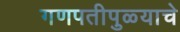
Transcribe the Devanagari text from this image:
गणपतीपुळ्याचे